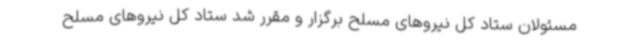
مسئولان ستاد کل نیروهای مسلح برگزار و مقرر شد ستاد کل نیروهای مسلح